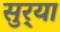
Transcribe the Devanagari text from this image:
सुर्‍या